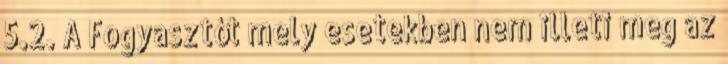
5.2. A Fogyasztót mely esetekben nem illeti meg az